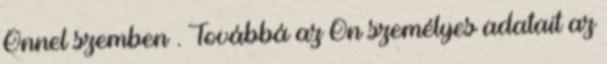
Önnel szemben . Továbbá az Ön személyes adatait az